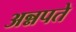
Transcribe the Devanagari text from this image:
अन्नपते